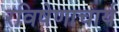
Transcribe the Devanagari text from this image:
रविषेणाचार्य